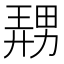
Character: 𪟤